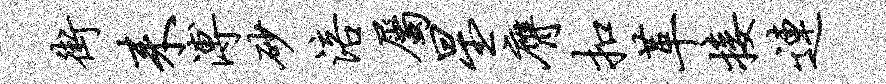
街耒溥砂涪属星膺扣革接连